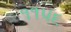
૧૧૫૬